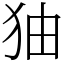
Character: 㹨